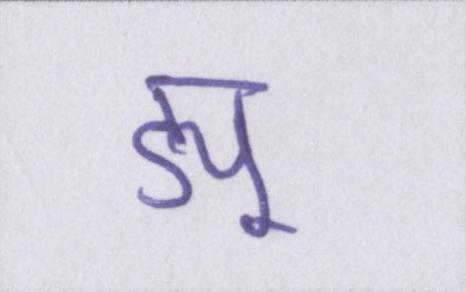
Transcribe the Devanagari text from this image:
ड्यू